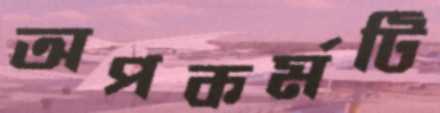
অপকর্মটি